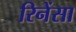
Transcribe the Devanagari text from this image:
रिनेंसा